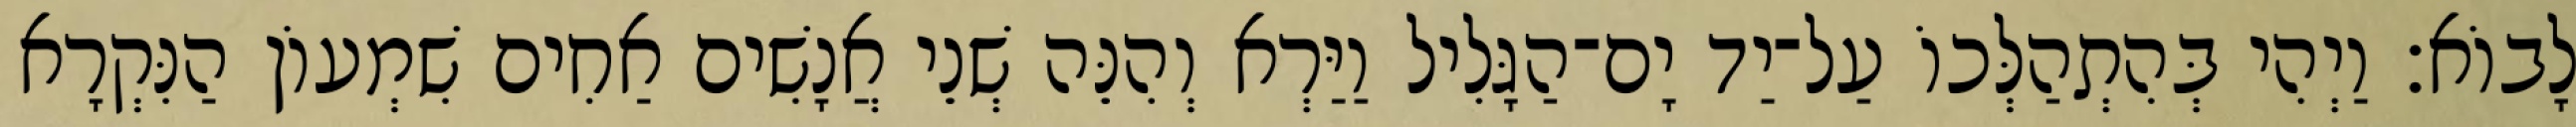
לָבוֹא׃ וַיְהִי בְּהִתְהַלְּכוֹ עַל־יַד יָם־הַגָּלִיל וַיַּרְא וְהִנֵּה שְׁנֵי אֲנָשִׁים אַחִים שִׁמְעוֹן הַנִּקְרָא